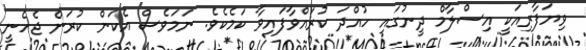
ވިޔަފާރިއަކީ އިސްލާމް ދީނުގައި ހުއްދަ ކުރައްވާފައިވާ ކަމެކެވެ. ނަމަވެސް އެކަން ކުރަން ޖެހެނީ